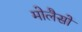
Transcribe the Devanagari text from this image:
मोलैसों